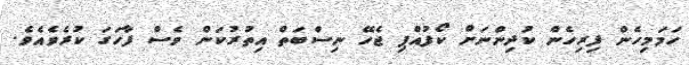
ހަމަމިހެން ފިރިހެން ކުދިންނަށް ކޯފުއްޕި ޖެހޭ ނިސްބަތް އިތުރުކަން ވެސް ފާހަގަ ކުރެވެއެވެ.